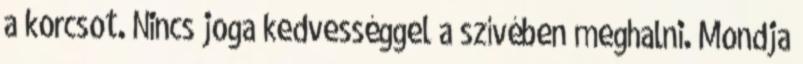
a korcsot. Nincs joga kedvességgel a szívében meghalni. Mondja